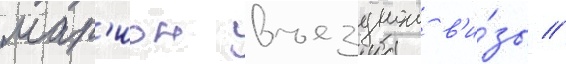
мар'ион въезднои в'и́зы //